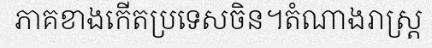
ភាគខាងកើតប្រទេសចិន។តំណាងរាស្ត្រ